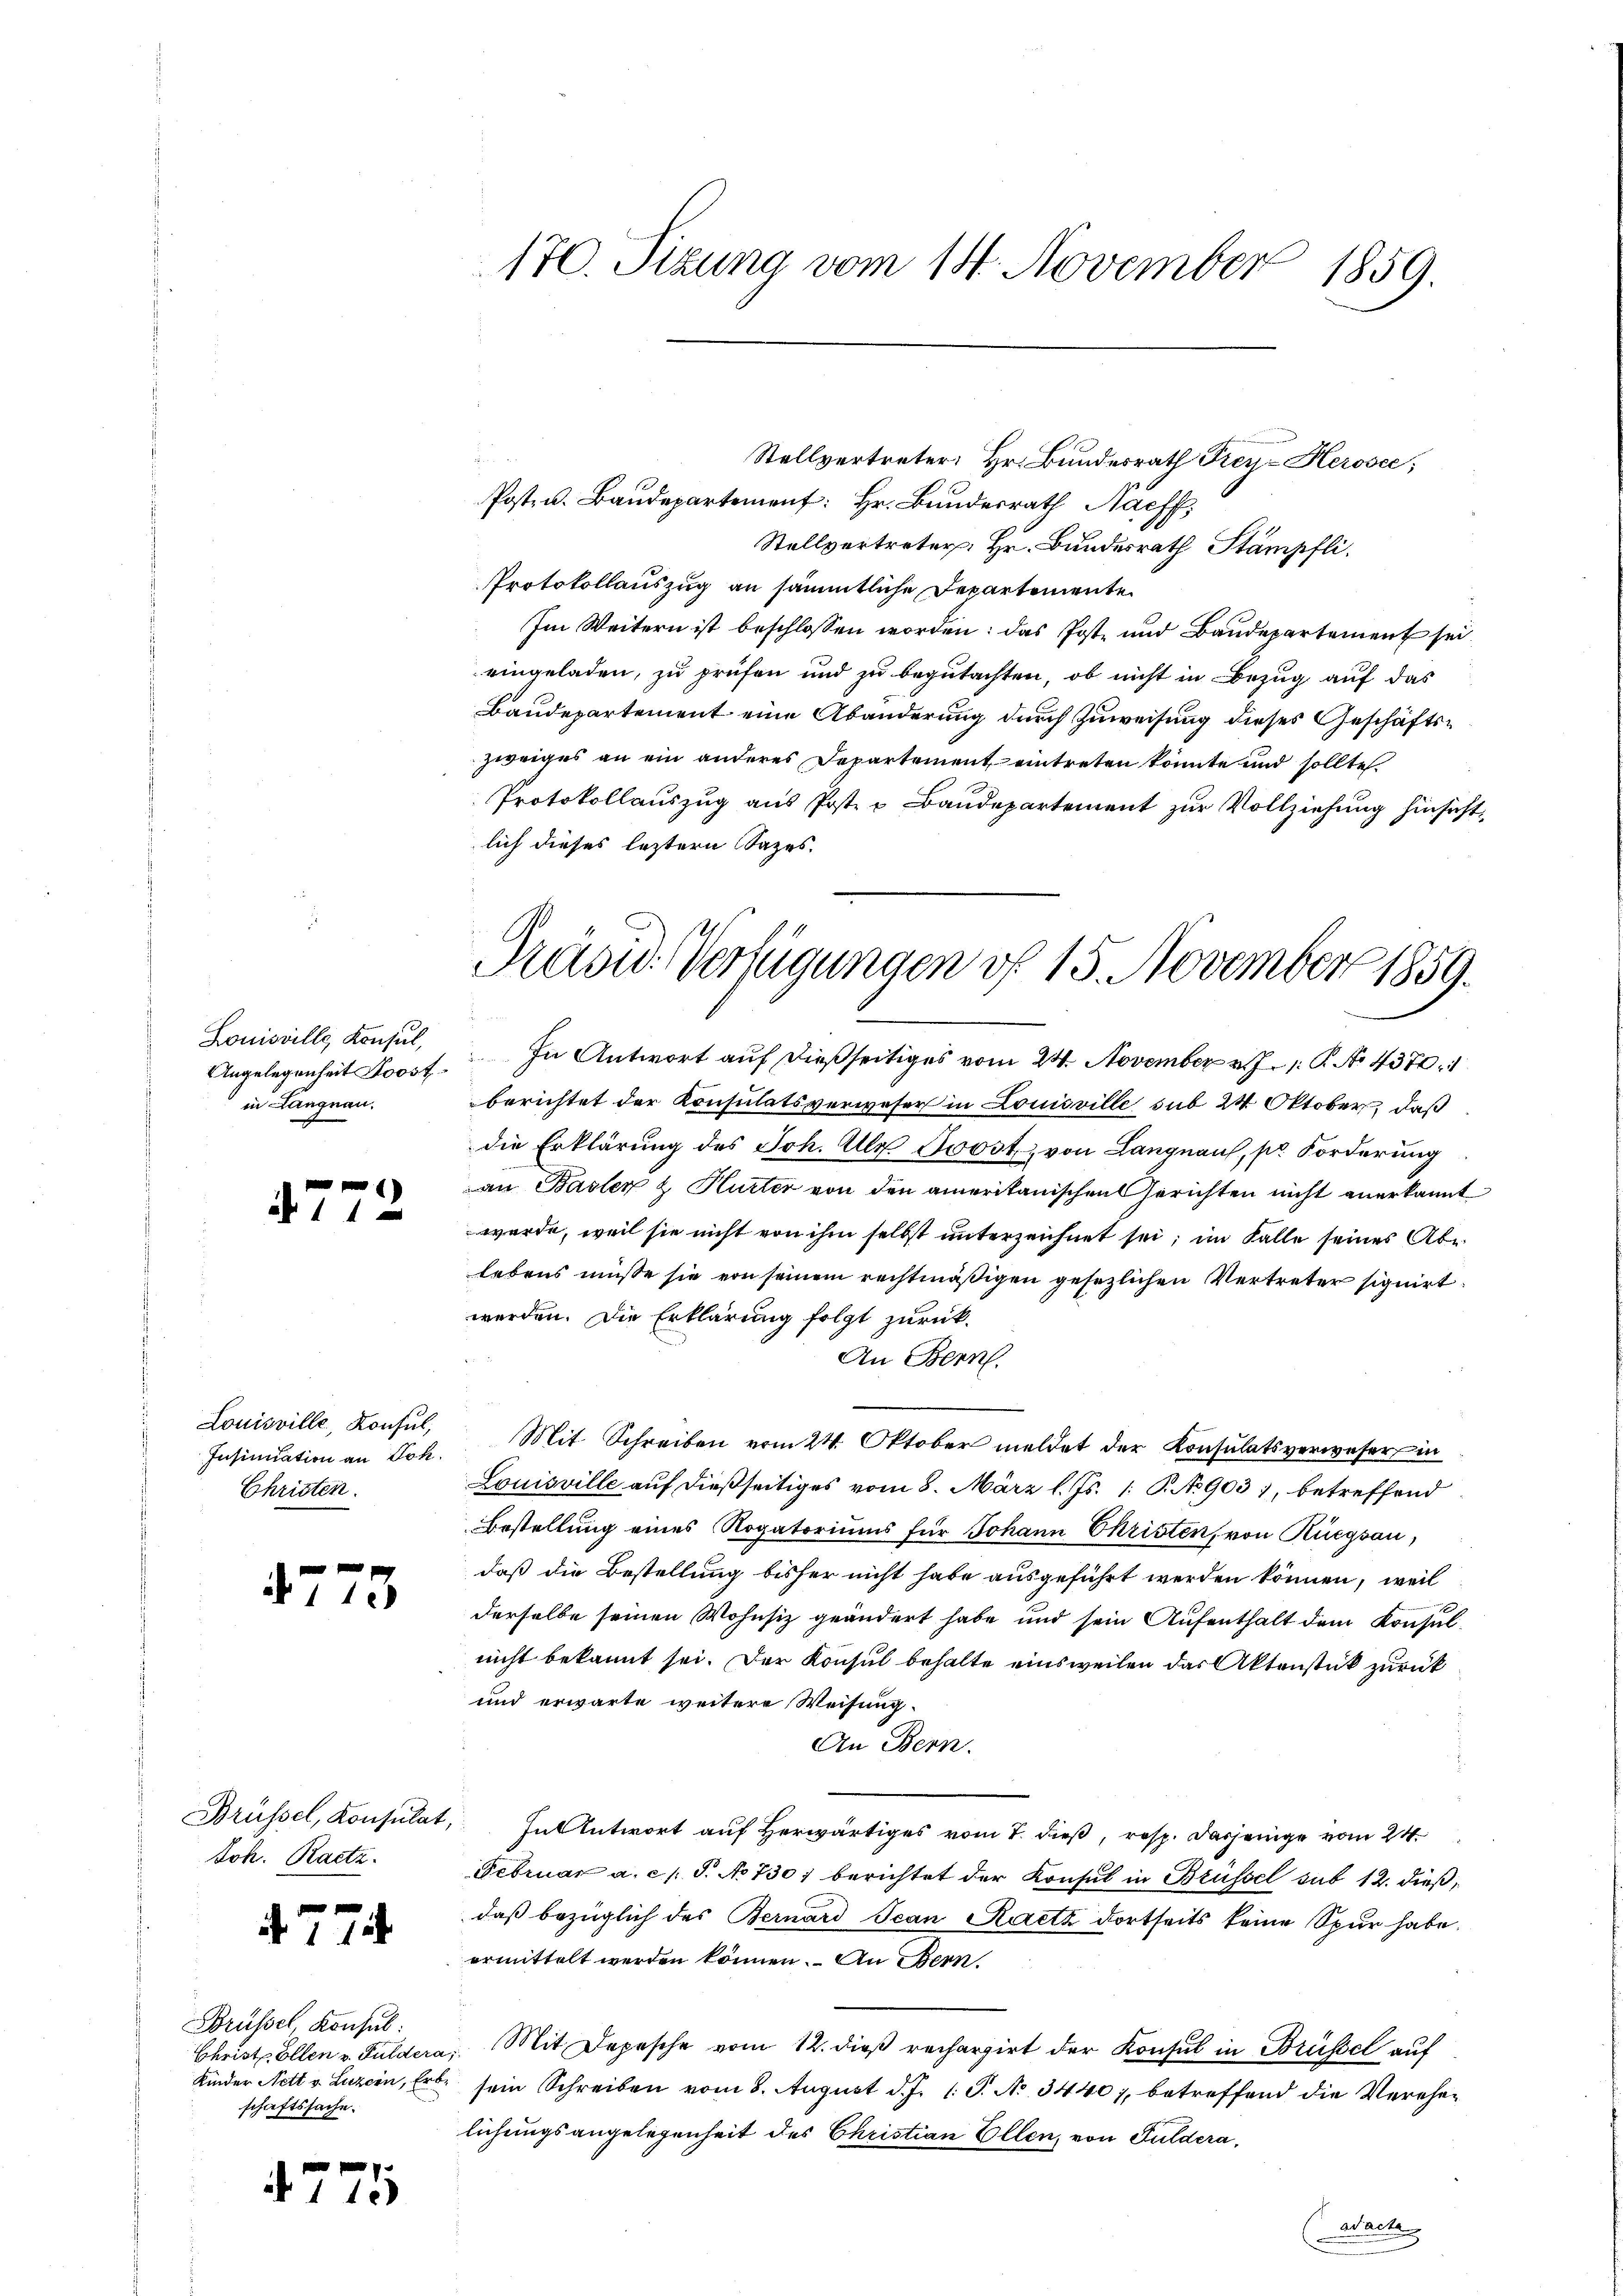
Louisville Konsul,
Angelegenheit Loostin Langnau.

a 1 f 0

Louisville, Konsul,
Insinuation an Joh.
Christen.

4773

Joh. Racta.

4774

Brüssel Konsul:
schaftssache.

477

170. Sizung vom 18. November 1859.

Stellvertreter: Hr. Bundesrath Frey- Herose,
Posten. Baudepartement: Hr. Bundesrath Nachf
Stellvertreter: Hr. Bundesrath Stämpfli
Protokollauszug an sämmtliche Departemente
Im Weitern ist beschlossen worden: das Post- und Baudepartement sei.
eingeladen, zu prüfen und zu begutachten, ob nicht in Bezug auf das
Baudepartement eine Abänderung durch Zuweisung dieses Geschäftszweiges an ein anderes Departement eintreten könnte und sollte
Protokollauszug aus Post u Baudepartement zur Vollziehung hinsicht
lich dieses leztern Sazes.

Präsid. Verfügungen vf 15. November 1859.

In Antwort auf dießseitiges vom 24. November v. J. 1. P. No 4370.
berichtet der Konsulatsverweser in Louisville sub 24 Oktober, daß
die Erklärung des Joh. Als Trost, von Langnau, pr. Forderung
an Basler & Hurter von den amerikanischen Gerichten nicht anerkannt
werde, weil sie nicht von ihm selbst unterzeichnet sei; im Falle seines Ablebens müsse sie von seinem rechtmäßigen gesezlichen Vertreter signirt
werden. Die Erklärung folgt zurück.
An Bern.
Mit Schreiben vom 24. Oktober meldet der Konsulatsverwesers in
Louisville auf dießseitiges vom 8. März l. Js. 1. P. No 903), betreffend
Bestellung eines Rogatoriums für Johann Christen, von Rüegsau,
daß die Bestellung bisher nicht habe ausgeführt werden können, weil
derselbe seinen Wohnsiz geändert habe und sein Aufenthalt dem Konsulnicht bekannt sei. Der Konsul behalte einsweilen das Aktenstück zurück
und erwarte weitere Weisung.
An Bern.
Brüssel, Konsulat, In Antwort auf Herwärtiges vom 7. dieß, resp. dasjenige vom 24.
Februar a. c. S. No 730, berichtet der Konsul in Brüssel sub 12. dieß,
daß bezüglich des Bernard Jean Raitz dortseits keine Spur habe.
ermittelt werden können. An Bern
Christ. Ellen v. Fuldera, Mit Depesche vom 12. dieß rechargirt der Konsul in Brüssel auf
Kinder Nett v. Luzern, Erbe sein Schreiben vom 8. August d. J. 1 S. No 3440, betreffend die Verehelichungsangelegenheit des Christian Ellen, von Guldera,
wache